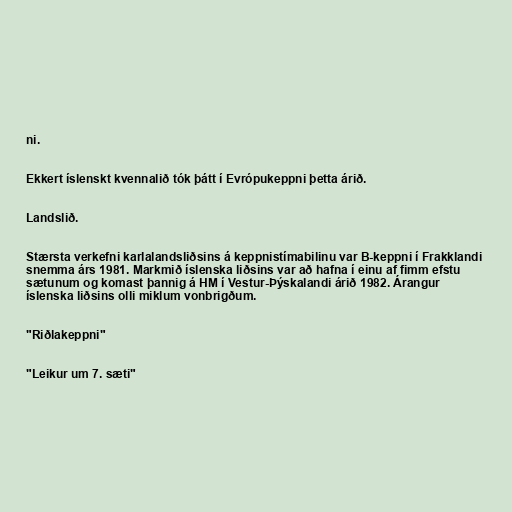
ni.

Ekkert íslenskt kvennalið tók þátt í Evrópukeppni þetta árið.

Landslið.

Stærsta verkefni karlalandsliðsins á keppnistímabilinu var B-keppni í Frakklandi
snemma árs 1981. Markmið íslenska liðsins var að hafna í einu af fimm efstu
sætunum og komast þannig á HM í Vestur-Þýskalandi árið 1982. Árangur
íslenska liðsins olli miklum vonbrigðum.

"Riðlakeppni"

"Leikur um 7. sæti"